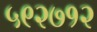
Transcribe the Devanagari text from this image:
५९२७१२